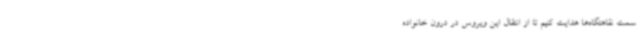
سمت نقاهتگاه‌ها هدایت کنیم تا از انتقال این ویروس در درون خانواده